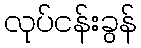
လုပ်ငန်းခွန်